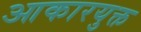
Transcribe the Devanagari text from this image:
आकारयुक्त